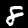
Label: 8